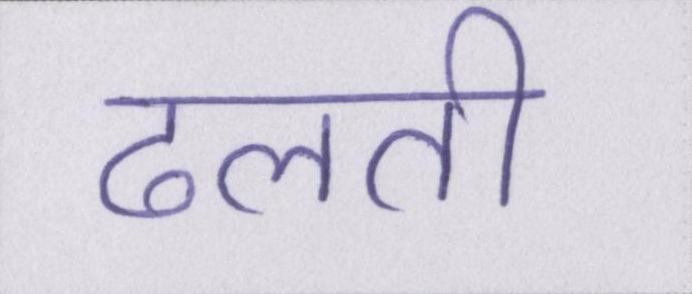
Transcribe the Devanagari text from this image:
ढलती